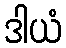
ဒါယံ